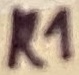
Text: R1